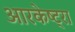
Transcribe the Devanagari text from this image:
आरकेष्ट्रा